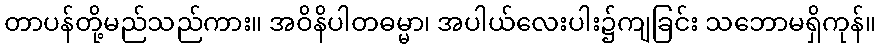
တာပန်တို့မည်သည်ကား။ အဝိနိပါတဓမ္မာ၊ အပါယ်လေးပါး၌ကျခြင်း သဘောမရှိကုန်။